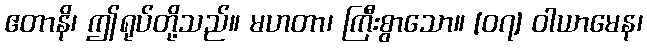
ဧတာနိ၊ ဤရုပ်တို့သည်။ မဟတာ၊ ကြီးစွာသော။ [၀၇] ဝါယာမေန၊